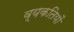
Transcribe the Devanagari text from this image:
व्यकतियों